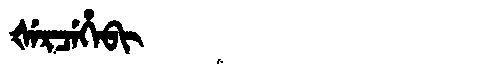
Manchu: ᡧᡝᡵᠴᡝᡥᡝᠪᡳ
Romanization: ŠERCEHEBI